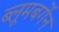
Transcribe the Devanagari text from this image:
ब्लूमबर्गेन